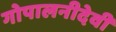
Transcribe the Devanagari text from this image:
गोपालनीदेवी